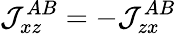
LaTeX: \mathcal{J}_{xz}^{AB}=-\mathcal{J}_{zx}^{AB}